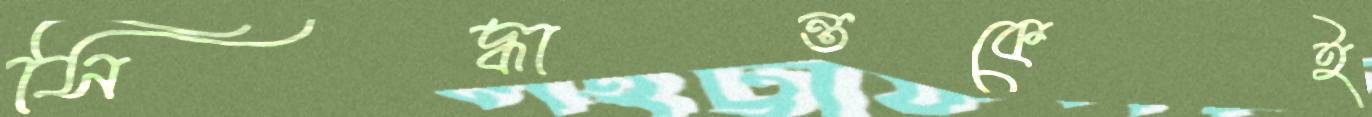
সিদ্ধান্তকেই